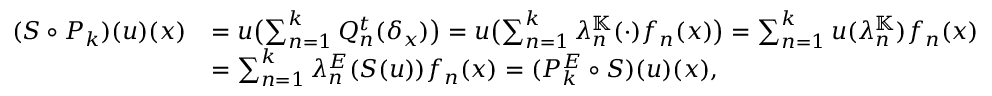
\begin{array} { r l } { ( S \circ P _ { k } ) ( u ) ( x ) } & { = u \bigl ( \sum _ { n = 1 } ^ { k } Q _ { n } ^ { t } ( \delta _ { x } ) \bigr ) = u \bigl ( \sum _ { n = 1 } ^ { k } \lambda _ { n } ^ { \mathbb { K } } ( \cdot ) f _ { n } ( x ) \bigr ) = \sum _ { n = 1 } ^ { k } u ( \lambda _ { n } ^ { \mathbb { K } } ) f _ { n } ( x ) } \\ & { = \sum _ { n = 1 } ^ { k } \lambda _ { n } ^ { E } ( S ( u ) ) f _ { n } ( x ) = ( P _ { k } ^ { E } \circ S ) ( u ) ( x ) , } \end{array}